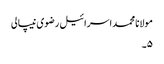
مولانا محمد اسرائیل رضوی نیپالی
۵۔